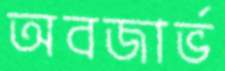
অবজার্ভ